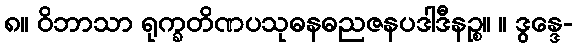
၈။ ဝိဘာသာ ရုက္ခတိဏပသုဓနဓညဇနပဒါဒီနဉ္စ။ ။ ဒွန္ဒေ-